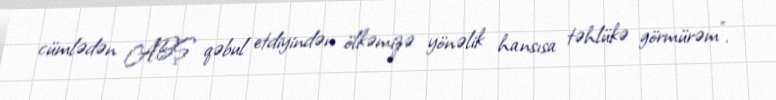
cümlədən ABŞ qəbul etdiyindən ölkəmizə yönəlik hansısa təhlükə görmürəm”.